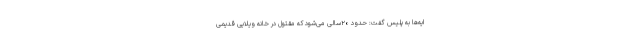
ایه‌ها به پلیس گفت: حدود ۲۰سالی می‌شود که مقتول در خانه ویلایی قدیمی